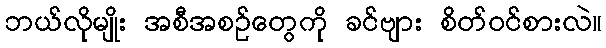
ဘယ်လိုမျိုး အစီအစဉ်တွေကို ခင်ဗျား စိတ်ဝင်စားလဲ။